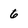
Character: 6